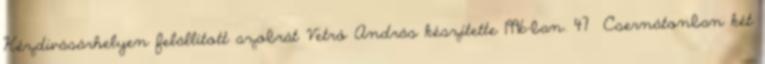
Kézdivásárhelyen felállított szobrát Vetró András készítette 1996-ban. 47 Csernátonban két